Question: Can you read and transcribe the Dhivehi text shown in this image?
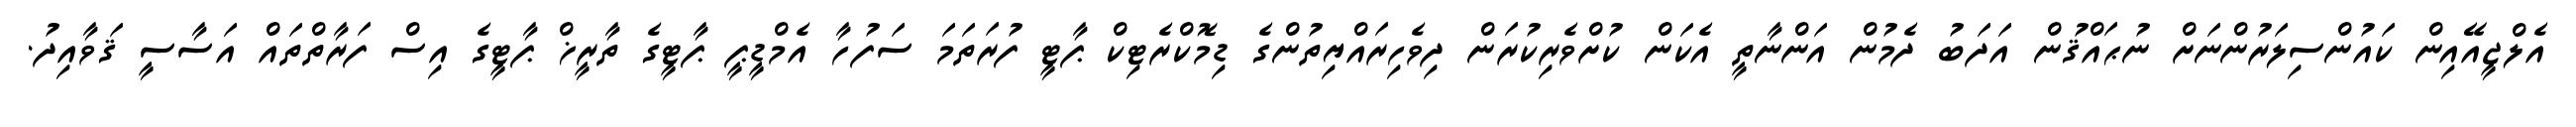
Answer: އެލްޖީއޭއިން ކައުންސިލަރުންނަށް ނުޙައްޤުން އަދަބު ދެމުން އަންނާތީ އެކަން ކުށްވެރިކުރަން ދިވެހިރައްޔިތުންގެ ޑިމޮކްރެޓިކް ޕާޓީ ފުރަތަމަ ސަފުހާ އެމްޑީޕީ ޕާޓީގެ ތާރީޚް ޕާޓީގެ އިސް ފަރާތްތައް އަސާސީ ޤަވާއިދު.